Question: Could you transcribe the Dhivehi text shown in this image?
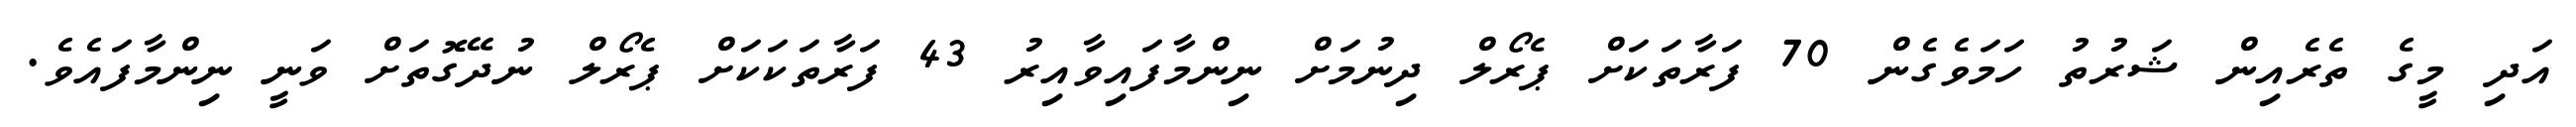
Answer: އަދި މީގެ ތެރެއިން ޝަރުތު ހަމަވެގެން 70 ފަރާތަކަށް ޕެރޯލް ދިނުމަށް ނިންމާފައިވާއިރު 43 ފަރާތަކަކަށް ޕެރޯލް ނުދޭގޮތަށް ވަނީ ނިންމާފައެވެ.